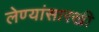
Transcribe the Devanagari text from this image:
लेण्यांसारखी